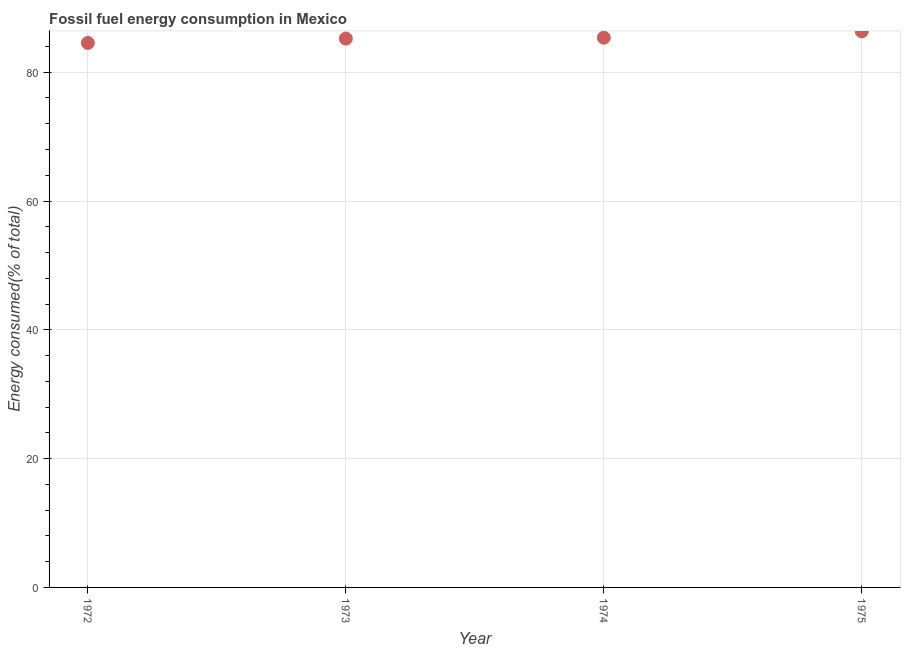
| Year | Fossil fuel energy consumption (% of total) |
 | --- | --- |
 | 1972 | 84.6 |
 | 1973 | 85.2 |
 | 1974 | 85.4 |
 | 1975 | 86.3 |